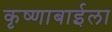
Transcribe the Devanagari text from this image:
कृष्णाबाईला